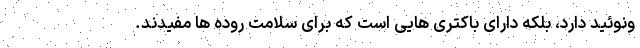
ونوئید دارد، بلکه دارای باکتری هایی است که برای سلامت روده ها مفیدند.